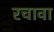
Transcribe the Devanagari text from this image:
रचावा